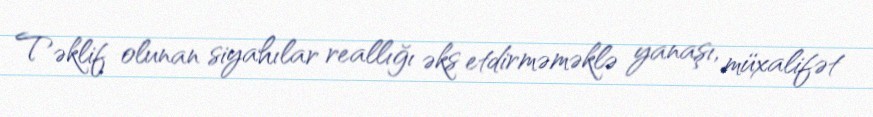
Təklif olunan siyahılar reallığı əks etdirməməklə yanaşı, müxalifət